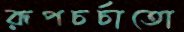
রূপচর্চাতো